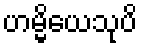
ဟမ္မိယေသုပိ